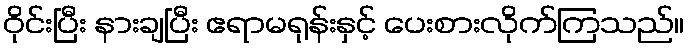
ဝိုင်းပြီး နားချပြီး ဧရာမရုန်းနှင့် ပေးစားလိုက်ကြသည်။